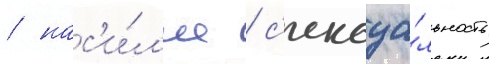
/ нас'и́л'ие / с'ексуа́льность